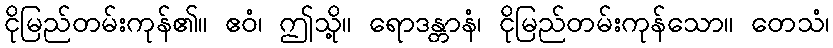
ငိုမြည်တမ်းကုန်၏။ ဧဝံ၊ ဤသို့။ ရောဒန္တာနံ၊ ငိုမြည်တမ်းကုန်သော။ တေသံ၊